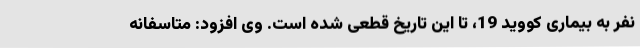
نفر به بیماری کووید 19، تا این تاریخ قطعی شده است. وی افزود: متاسفانه